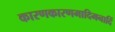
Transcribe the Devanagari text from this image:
कारणकारणमादिमनादिं